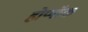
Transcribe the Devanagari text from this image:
होप्पॉक